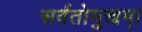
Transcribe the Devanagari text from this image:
सर्वतोमुखम्।